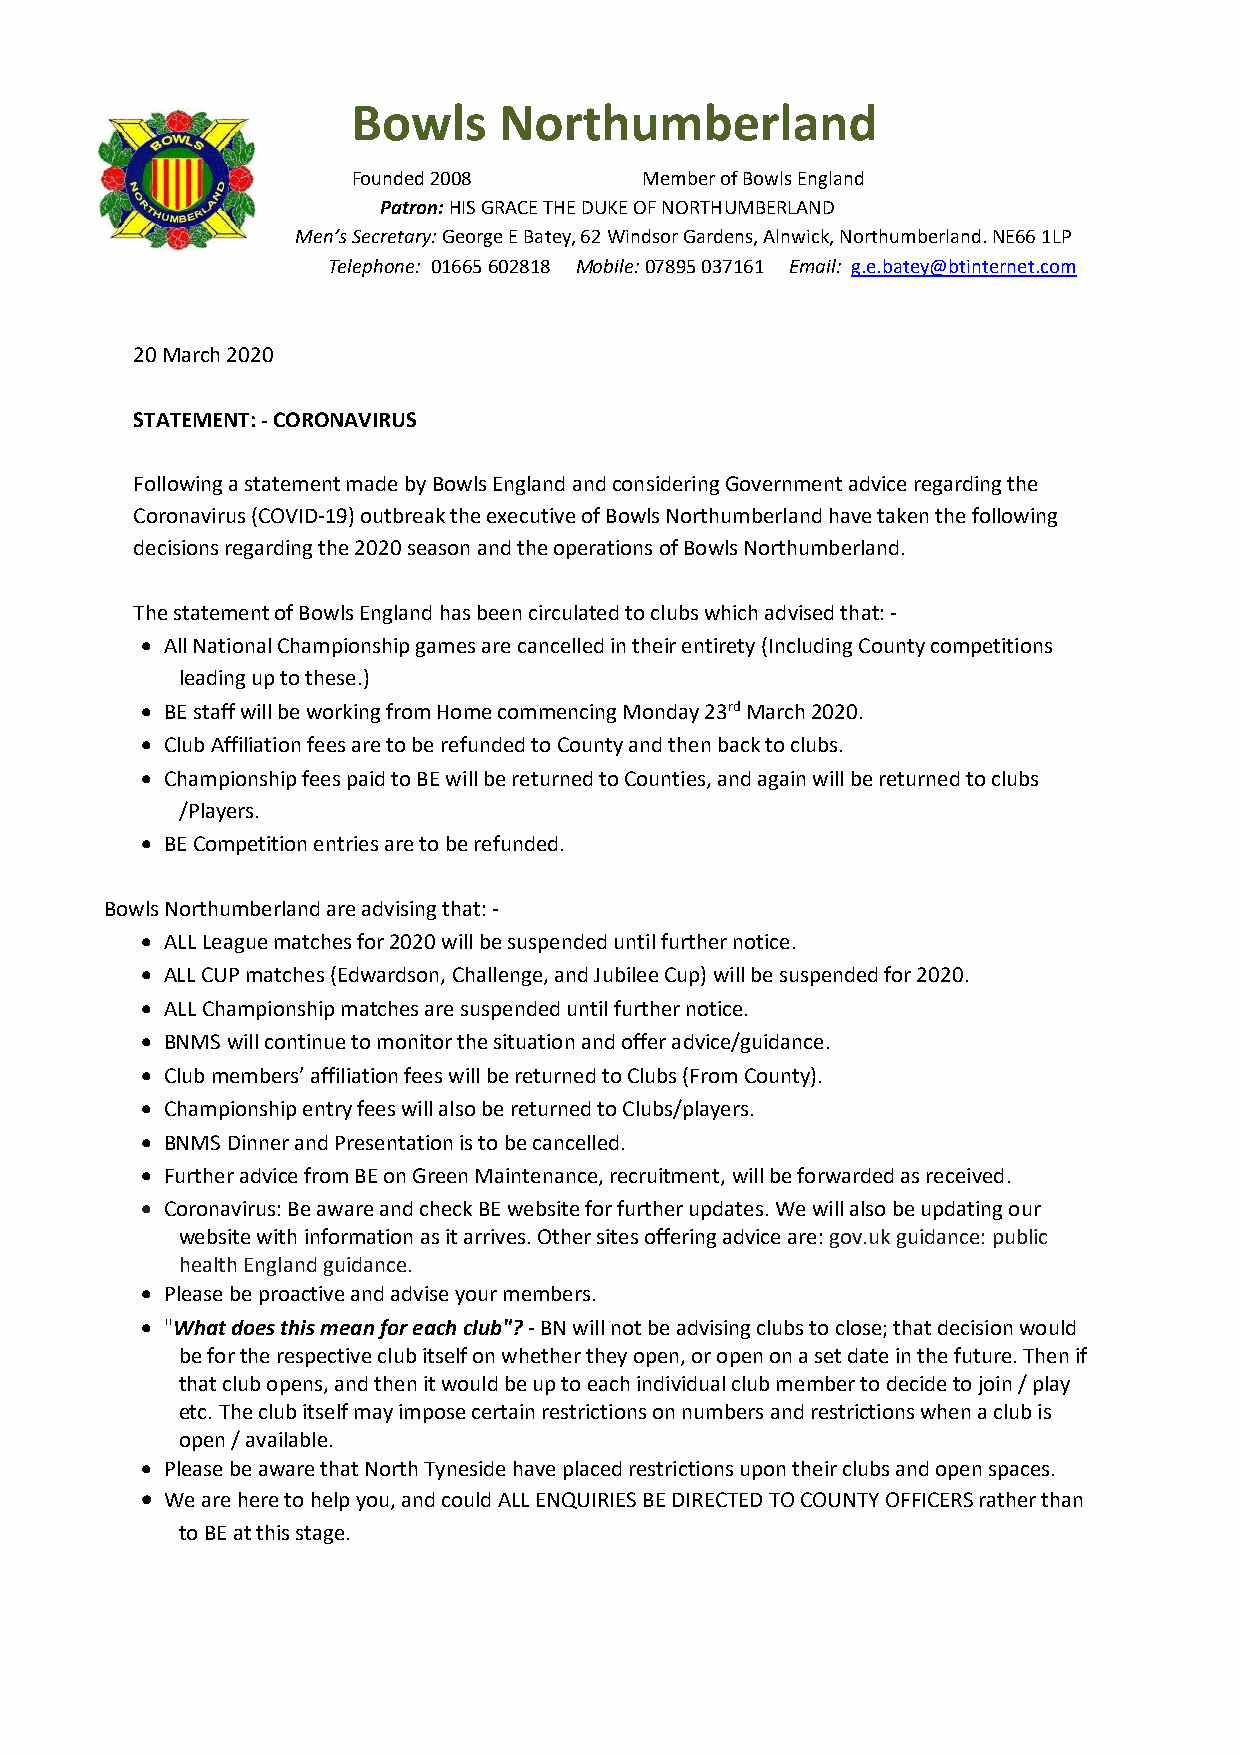
Bowls     Northumberland
 Founded 2008        Member of Bowls England
 Patron: HIS GRACE THE DUKE OF NORTHUMBERLAND
 Men’s Secretary: George E Batey, 62 Windsor Gardens, Alnwick, Northumberland. NE66 1LP
 Telephone: 01665 602818 Mobile: 07895 037161 Email: g.e.batey@btinternet.com
 20 March 2020
 STATEMENT: - CORONAVIRUS
 Following a statement made by Bowls England and considering Government advice regarding the
 Coronavirus (COVID-19) outbreak the executive of Bowls Northumberland have taken the following
 decisions regarding the 2020 season and the operations of Bowls Northumberland.
 The statement of Bowls England has been circulated to clubs which advised that: -
  All National Championship games are cancelled in their entirety (Including County competitions
 leading up to these.)
  BE staff will be working from Home commencing Monday 23rd March 2020.
  Club Affiliation fees are to be refunded to County and then back to clubs.
  Championship fees paid to BE will be returned to Counties, and again will be returned to clubs
 /Players.
  BE Competition entries are to be refunded.
 Bowls Northumberland are advising that: -
  ALL League matches for 2020 will be suspended until further notice.
  ALL CUP matches (Edwardson, Challenge, and Jubilee Cup) will be suspended for 2020.
  ALL Championship matches are suspended until further notice.
  BNMS will continue to monitor the situation and offer advice/guidance.
  Club members’ affiliation fees will be returned to Clubs (From County).
  Championship entry fees will also be returned to Clubs/players.
  BNMS Dinner and Presentation is to be cancelled.
  Further advice from BE on Green Maintenance, recruitment, will be forwarded as received.
  Coronavirus: Be aware and check BE website for further updates. We will also be updating our
 website with information as it arrives. Other sites offering advice are: gov.uk guidance: public
 health England guidance.
  Please be proactive and advise your members.
  "What does this mean for each club"? - BN will not be advising clubs to close; that decision would
 be for the respective club itself on whether they open, or open on a set date in the future. Then if
 that club opens, and then it would be up to each individual club member to decide to join / play
 etc. The club itself may impose certain restrictions on numbers and restrictions when a club is
 open / available.
  Please be aware that North Tyneside have placed restrictions upon their clubs and open spaces.
  We are here to help you, and could ALL ENQUIRIES BE DIRECTED TO COUNTY OFFICERS rather than
 to BE at this stage.